65_HS1-834228961_62-HQ-83894_SUB_A
Agency: FBI
Page 121
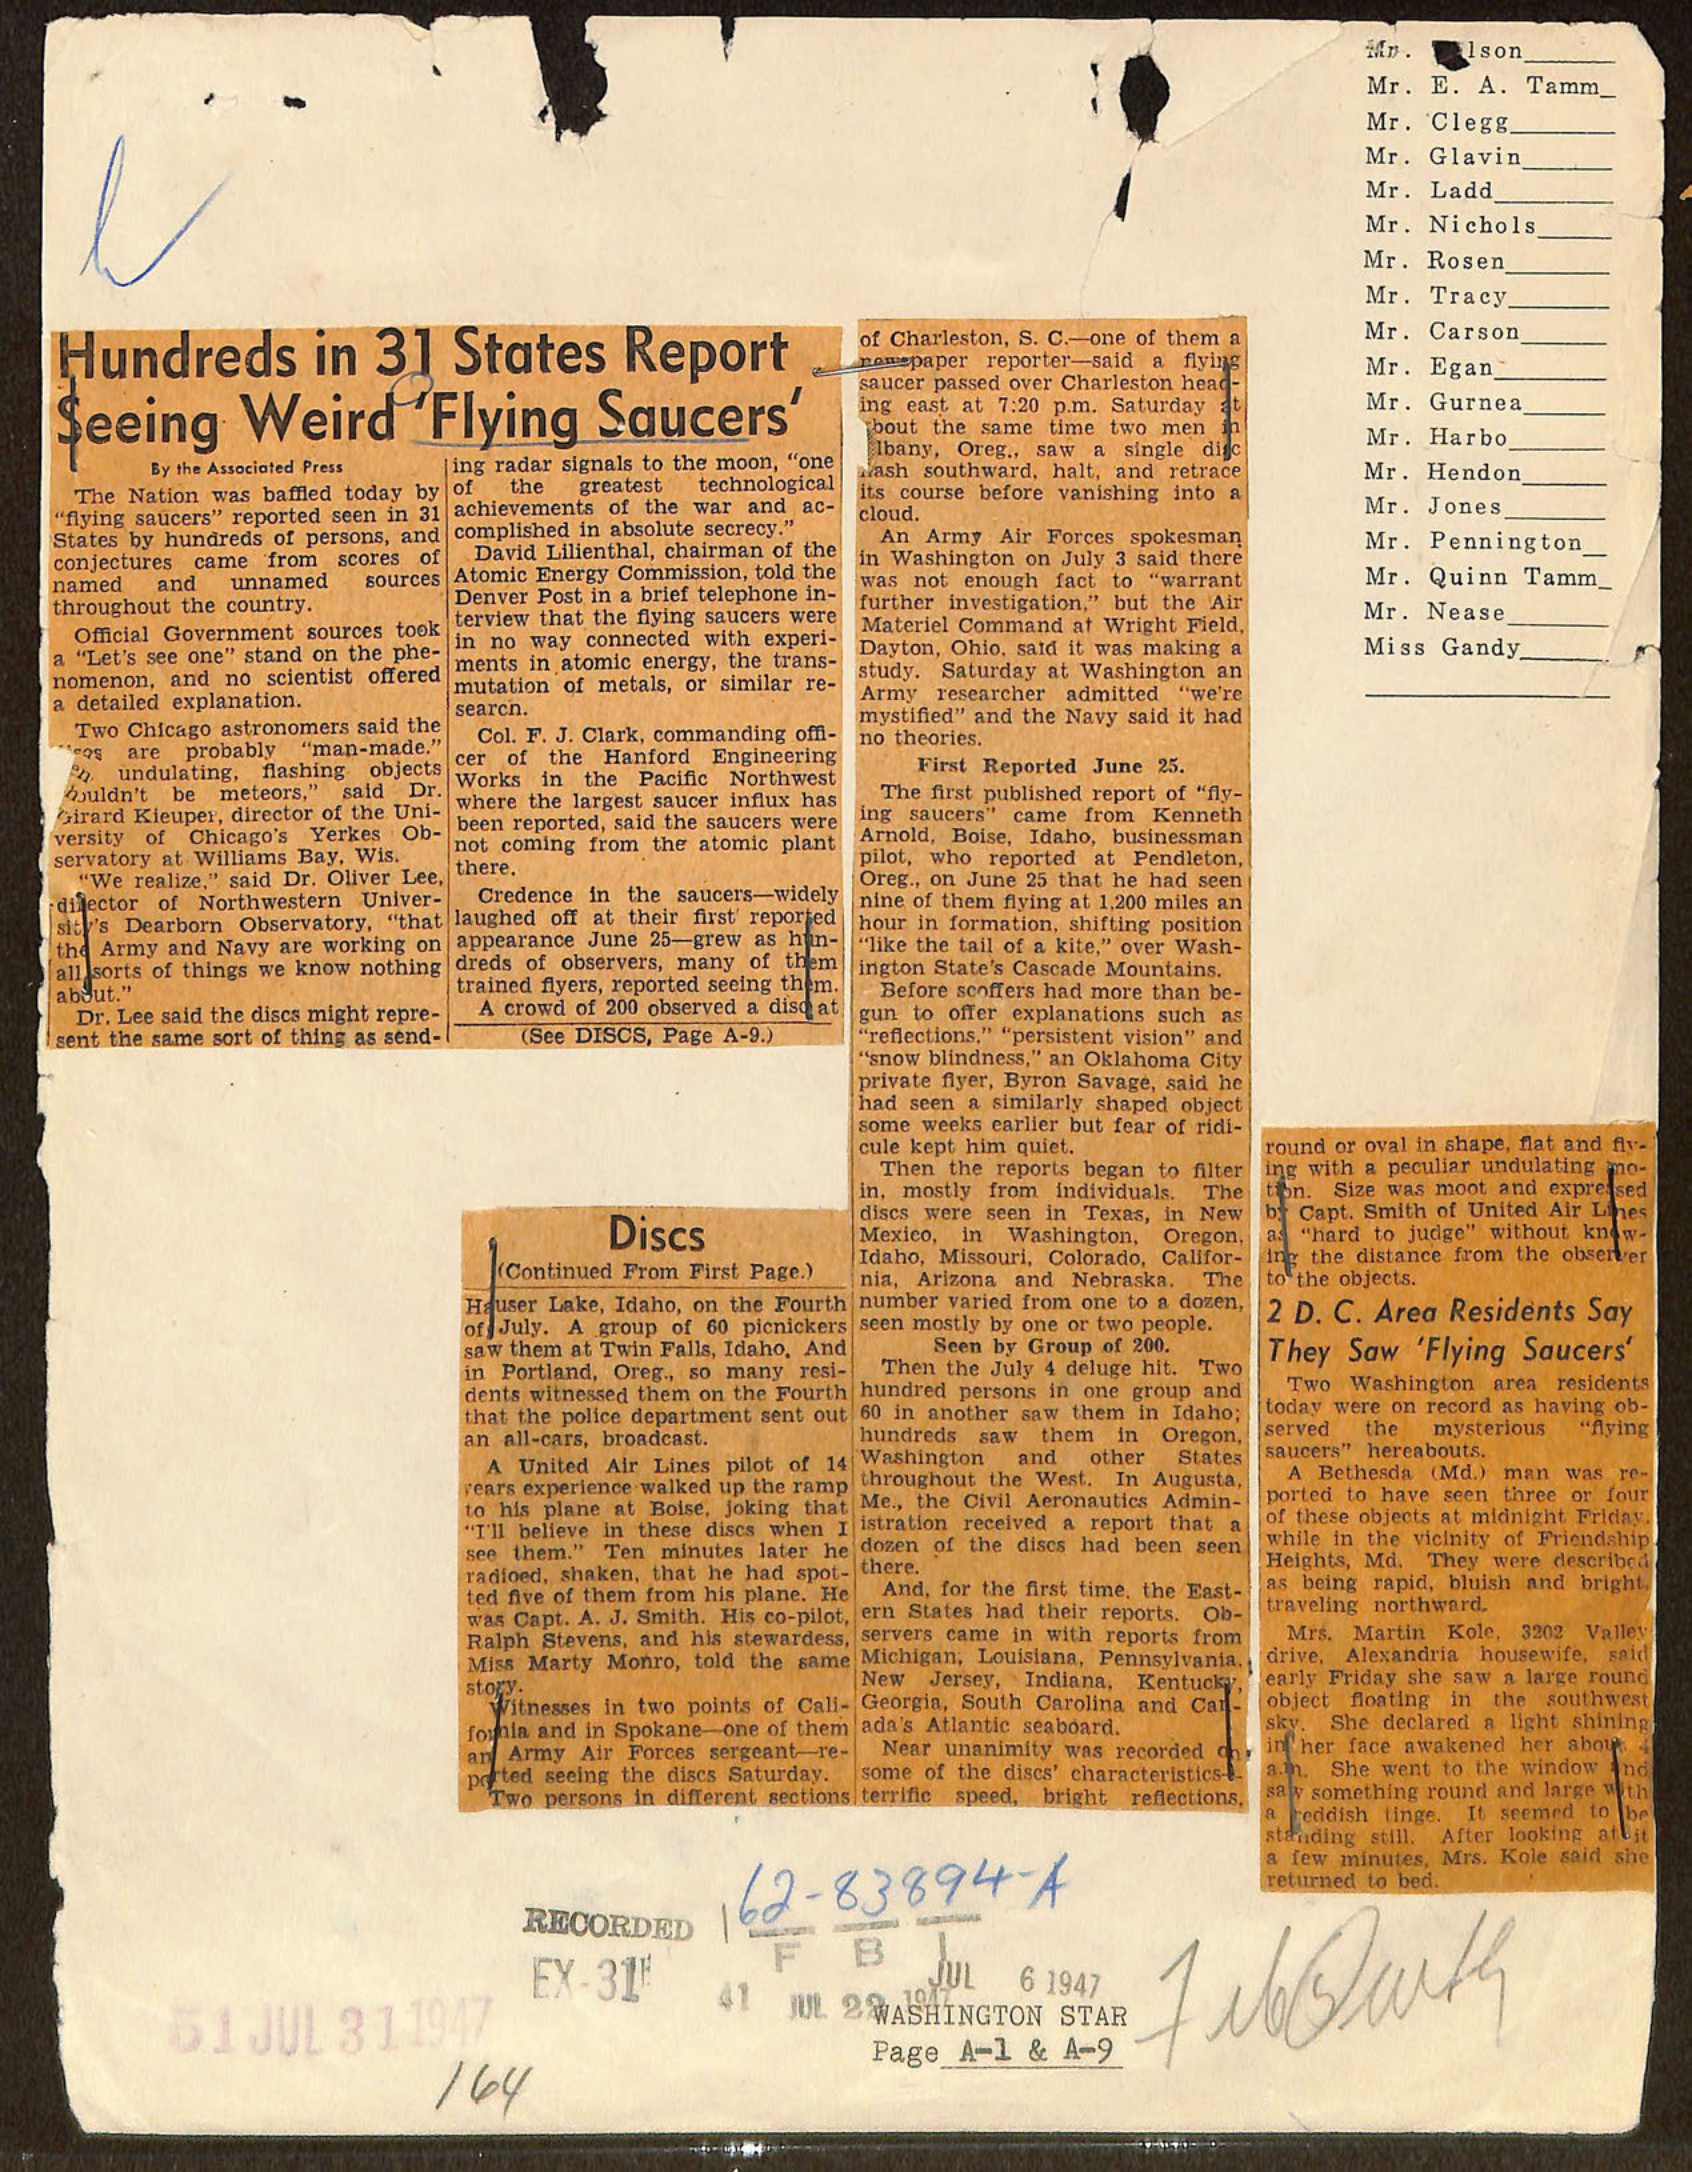